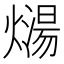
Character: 𰟡